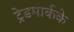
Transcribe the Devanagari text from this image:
ट्रेडमार्कके